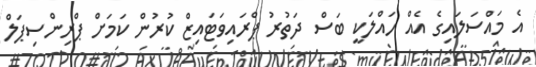
އެ މައްސަލައިގެ އެއް ހައްލަކީ ބަސް ދަތުރު ޕްރައިވަޓައިޒް ކުރުން ކަމަށް ޕްރިންސިޕަލް